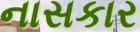
નાસકાર